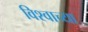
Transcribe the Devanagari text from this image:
विश्‍वाच्‍या